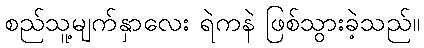
စည်သူ့မျက်နှာလေး ရဲကနဲ ဖြစ်သွားခဲ့သည်။